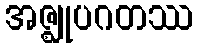
အဇ္ဈုပဂတဿ